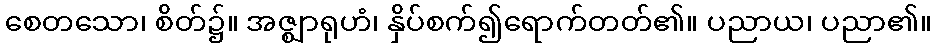
စေတသော၊ စိတ်၌။ အဇ္ဈာရုဟံ၊ နှိပ်စက်၍ရောက်တတ်၏။ ပညာယ၊ ပညာ၏။